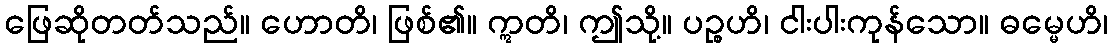
ဖြေဆိုတတ်သည်။ ဟောတိ၊ ဖြစ်၏။ ဣတိ၊ ဤသို့။ ပဉ္စဟိ၊ ငါးပါးကုန်သော။ ဓမ္မေဟိ၊